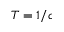
T = 1 / c